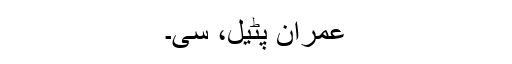
عمران پٹیل، سی۔